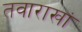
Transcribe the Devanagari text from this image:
तवाराखां